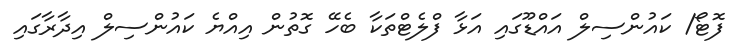
ފޮޓޯ/ ކައުންސިލް އައްޑޫގައި އަޅާ ފްލެޓްތަކާ ބެހޭ ގޮތުން އިއްޔެ ކައުންސިލް އިދާރާގައި